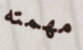
مهمته